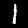
Label: 1